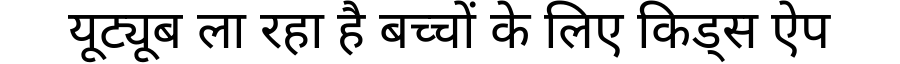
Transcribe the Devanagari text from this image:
यूट्यूब ला रहा है बच्चों के लिए किड्स ऐप